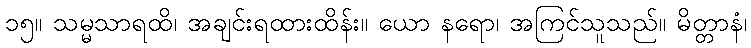
၁၅။ သမ္မသာရထိ၊ အချင်းရထားထိန်း။ ယော နရော၊ အကြင်သူသည်။ မိတ္တာနံ၊